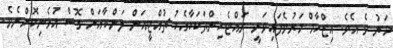
މަރު ވެ އެވެ. އިޒްހާމް މަރުވެފައިވަނީ ރައްޓެހިންތަކަކާއެކު ޗުއްޓީއަށް ލަންކާއަށް ގޮސް އުޅެނިކޮށްނެވެ.